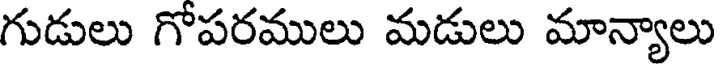
గుడులు గోపరములు మడులు మాన్యాలు